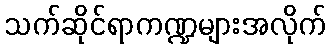
သက်ဆိုင်ရာကဏ္ဍများအလိုက်